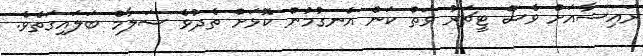
ރައިޝާއަށް ވެސް ޓީޗަރު ވަތް ކަން އެނގުމުން ކޮޅަށް ތެދުވެ ސަލާމް ބަލައިގަތެވެ.